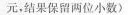
元，结果保留两位小数)